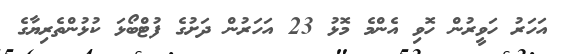
އަހަރު ހަވީރުން ހޮވި އެންމެ މޮޅު 23 އަހަރުން ދަށުގެ ފުޓްބޯޅަ ކުޅުންތެރިޔާގެ